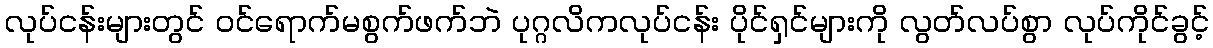
လုပ်ငန်းများတွင် ဝင်ရောက်မစွက်ဖက်ဘဲ ပုဂ္ဂလိကလုပ်ငန်း ပိုင်ရှင်များကို လွတ်လပ်စွာ လုပ်ကိုင်ခွင့်